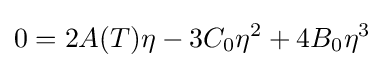
0=2A(T)\eta -3C_{0}\eta ^{2}+4B_{0}\eta ^{3}